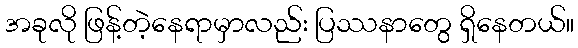
အခုလို ဖြန့်တဲ့နေရာမှာလည်း ပြဿနာတွေ ရှိနေတယ်။